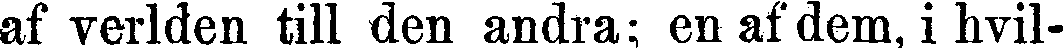
af verlden till den andra; en af dem, i hvil-